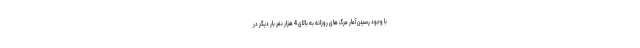
با وجود رسیدن آمار مرگ های روزانه به بالای 4 هزار نفر بار دیگر در